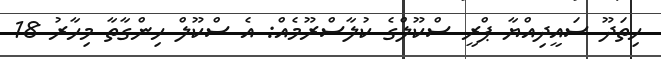
ހިތަދޫ ސައީދިއްޔާ ޕްރީ ސްކޫލްގެ ކުލާސްރޫމެއް: އެ ސްކޫލް ހިންގާތާ މިހާރު 18